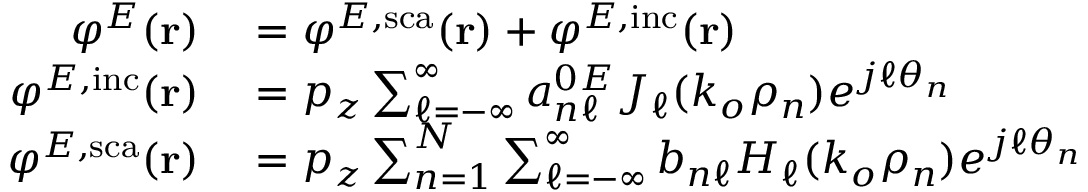
\begin{array} { r l } { \varphi ^ { E } ( \mathbf { r } ) } & { { } = \varphi ^ { E , \mathrm { s c a } } ( \mathbf { r } ) + \varphi ^ { E , \mathrm { i n c } } ( \mathbf { r } ) } \\ { \varphi ^ { E , \mathrm { i n c } } ( \mathbf { r } ) } & { { } = p _ { z } \sum _ { \ell = - \infty } ^ { \infty } a _ { n \ell } ^ { 0 E } J _ { \ell } ( k _ { o } \rho _ { n } ) e ^ { j \ell \theta _ { n } } } \\ { \varphi ^ { E , \mathrm { s c a } } ( \mathbf { r } ) } & { { } = p _ { z } \sum _ { n = 1 } ^ { N } \sum _ { \ell = - \infty } ^ { \infty } b _ { n \ell } H _ { \ell } ( k _ { o } \rho _ { n } ) e ^ { j \ell \theta _ { n } } } \end{array}